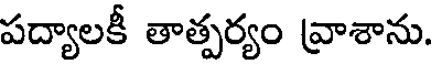
పద్యాలకీ తాత్పర్యం వ్రాశాను.